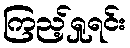
ကြည့်ရှုရင်း